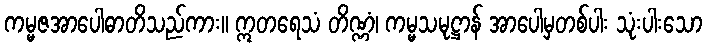
ကမ္မဇအာပေါဓာတိသည်ကား။ ဣတရေသံ တိဏ္ဏံ၊ ကမ္မသမုဋ္ဌာန် အာပေါမှတစ်ပါး သုံးပါးသော